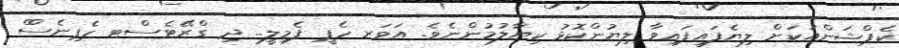
ކެޕްޝަންއަކަށް ލިޔެފައިފައިވާ ލިޔުންކޮޅު ކިޔާލުމުންނެވެ. އަވަރ ހެޕީ ފެމިލީ.. ދި ގްރޭޓެސްޓ ހެޕިނެސްް